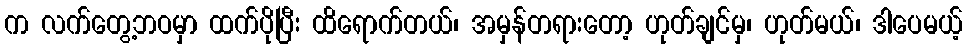
က လက်တွေ့ဘဝမှာ ထက်ပိုပြီး ထိရောက်တယ်၊ အမှန်တရားတော့ ဟုတ်ချင်မှ၊ ဟုတ်မယ်၊ ဒါပေမယ့်